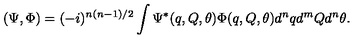
( \Psi , \Phi ) = ( - i ) ^ { n ( n - 1 ) / 2 } \int \Psi ^ { * } ( q , Q , \theta ) \Phi ( q , Q , \theta ) d ^ { n } q d ^ { m } Q d ^ { n } \theta .